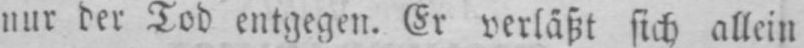
nur der Tod entgegen. Er verläßt sich allein